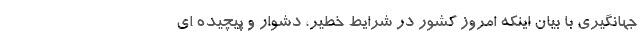
جهانگیری با بیان اینکه امروز کشور در شرایط خطیر، دشوار و پیچیده ای